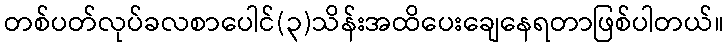
တစ်ပတ်လုပ်ခလစာပေါင်(၃)သိန်းအထိပေးချေနေရတာဖြစ်ပါတယ်။